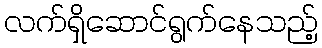
လက်ရှိဆောင်ရွက်နေသည့်